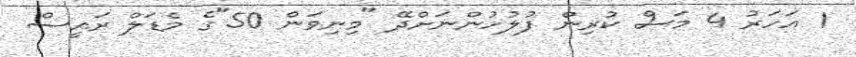
1 އަހަރު 4 މަސް ކުރިން ފުލުހުންނަށްދޭ "މިނިވަން 50"ގެ މެޑަލް ރައީސް